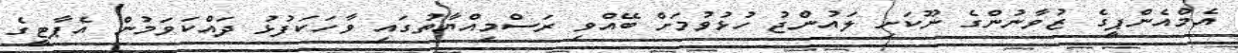
އެމްއެންޕީގެ ޒުވާނުންގެ ނޫކަށި ލައުންޖު ހުޅުވުމަށް ބޭއްވި ރަސްމިއްޔާތުގައި ވާހަކަފުޅު ދައްކަވަމުން އެޕާޓީގެ